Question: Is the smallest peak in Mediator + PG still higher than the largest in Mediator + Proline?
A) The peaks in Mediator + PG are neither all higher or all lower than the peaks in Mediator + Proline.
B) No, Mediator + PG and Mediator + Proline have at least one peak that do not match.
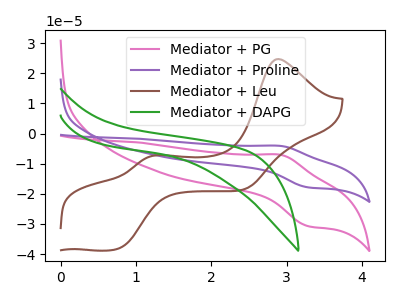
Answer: <think>The pink curve "Mediator + PG" has an anodic peak at (2.90V, -7.05uA) and a cathodic peak at (3.30V, -30.70uA). The purple curve "Mediator + Proline" has an anodic peak at (2.90V, -4.10uA) and a cathodic peak at (3.30V, -17.85uA). The brown curve "Mediator + Leu" has anodic peaks at (2.90V, 24.75uA) (1.25V, -7.20uA) and cathodic peaks at (0.75V, -38.15uA) (2.45V, -18.50uA). The green curve "Mediator + DAPG" has no peaks.</think>
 <answer>A) The peaks in "Mediator + PG" are neither all higher or all lower than the peaks in "Mediator + Proline".</answer>
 <eval>A</eval>